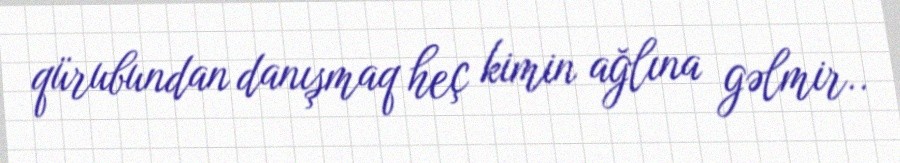
qürubundan danışmaq heç kimin ağlına gəlmir..